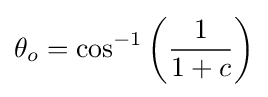
\theta _{o}=\cos ^{-1}\left({\frac {1}{1+c}}\right)